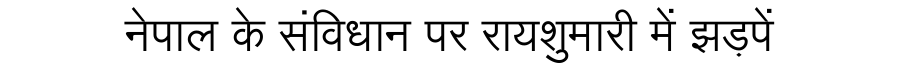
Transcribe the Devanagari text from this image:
नेपाल के संविधान पर रायशुमारी में झड़पें